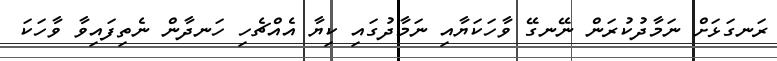
ރަނގަޅަށް ނަމާދުކުރަން ނޭނގޭ ވާހަކަޔާއި ނަމާދުގައި ކިޔާ އެއްޗެހި ހަނދާން ނެތިފައިވާ ވާހަކަ